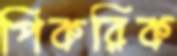
পিকরিক